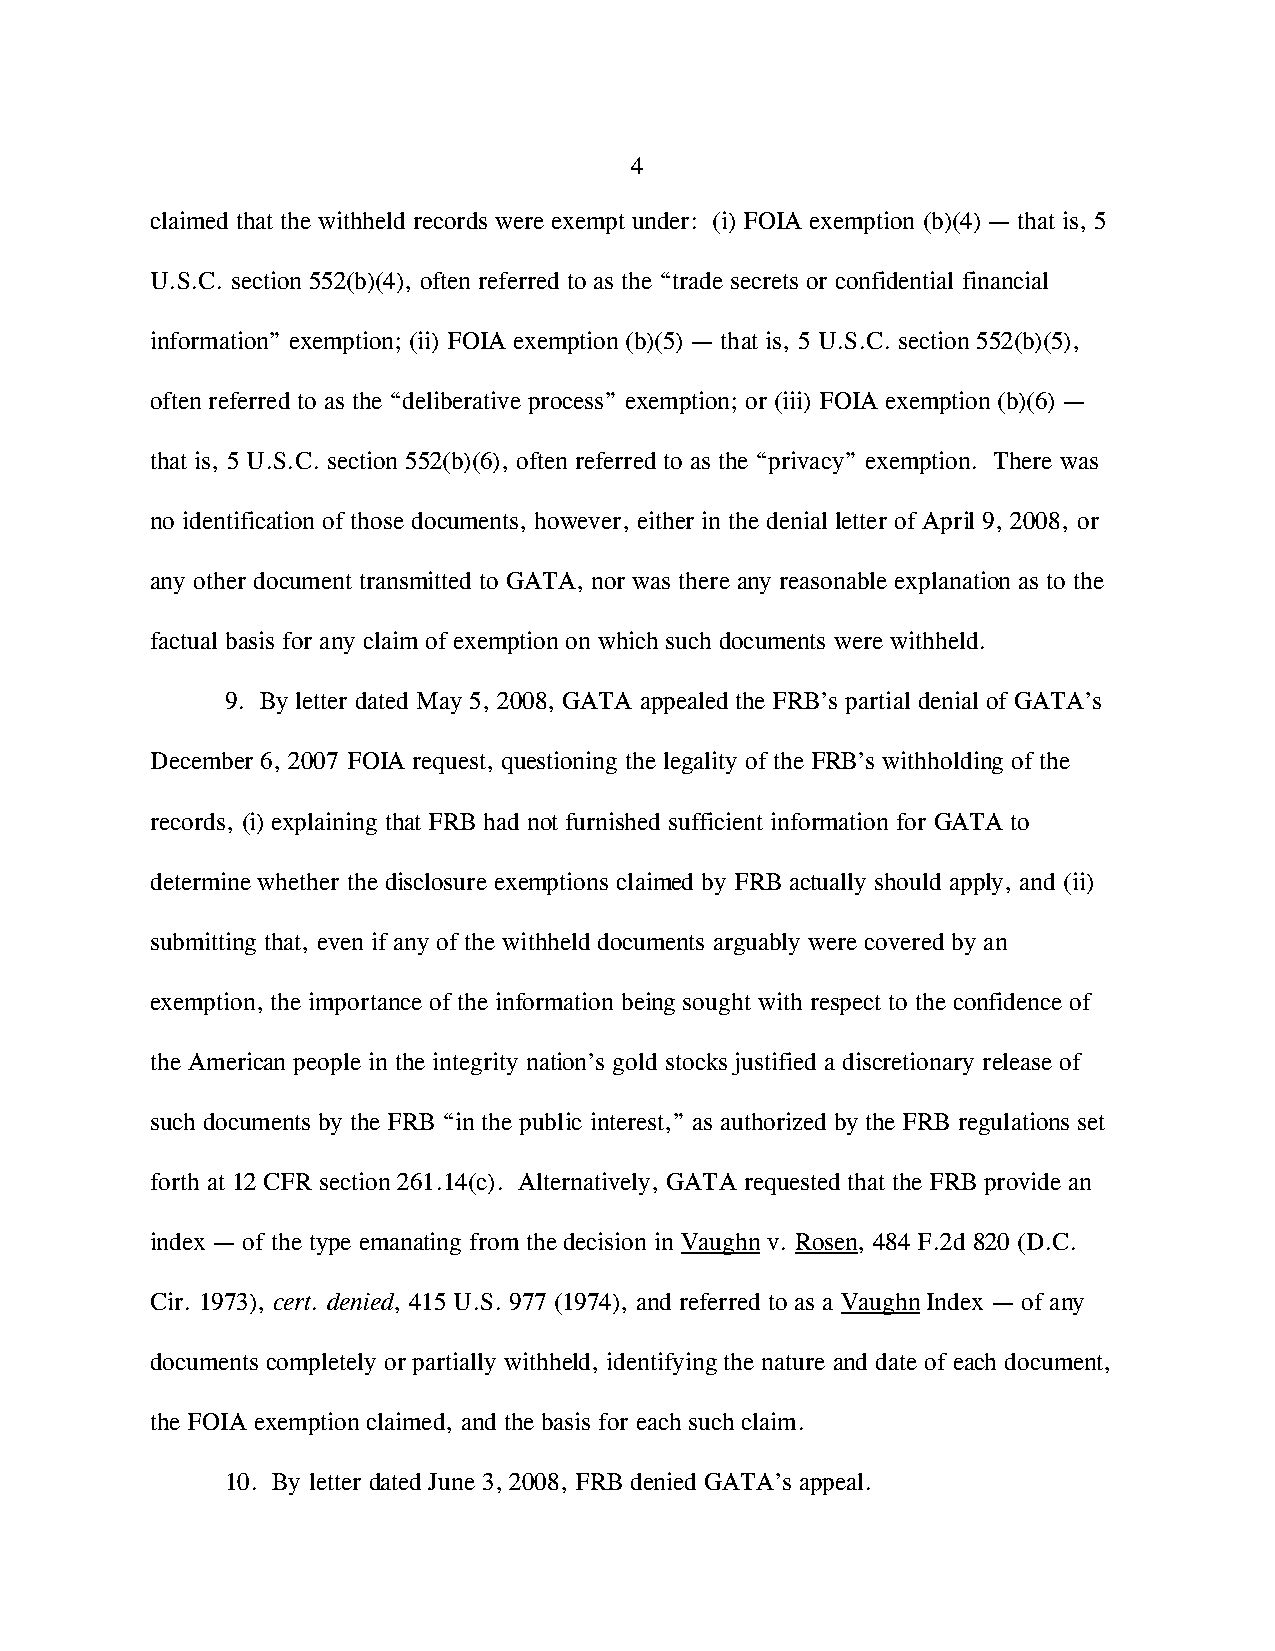
4
 claimed that the withheld records were exempt under: (i) FOIA exemption (b)(4) — that is, 5
 U.S.C. section 552(b)(4), often referred to as the “trade secrets or confidential financial
 information” exemption; (ii) FOIA exemption (b)(5) — that is, 5 U.S.C. section 552(b)(5),
 often referred to as the “deliberative process” exemption; or (iii) FOIA exemption (b)(6) —
 that is, 5 U.S.C. section 552(b)(6), often referred to as the “privacy” exemption. There was
 no identification of those documents, however, either in the denial letter of April 9, 2008, or
 any other document transmitted to GATA, nor was there any reasonable explanation as to the
 factual basis for any claim of exemption on which such documents were withheld.
 9. By letter dated May 5, 2008, GATA appealed the FRB’s partial denial of GATA’s
 December 6, 2007 FOIA request, questioning the legality of the FRB’s withholding of the
 records, (i) explaining that FRB had not furnished sufficient information for GATA to
 determine whether the disclosure exemptions claimed by FRB actually should apply, and (ii)
 submitting that, even if any of the withheld documents arguably were covered by an
 exemption, the importance of the information being sought with respect to the confidence of
 the American people in the integrity nation’s gold stocks justified a discretionary release of
 such documents by the FRB “in the public interest,” as authorized by the FRB regulations set
 forth at 12 CFR section 261.14(c). Alternatively, GATA requested that the FRB provide an
 index — of the type emanating from the decision in Vaughn v. Rosen, 484 F.2d 820 (D.C.
 Cir. 1973), cert. denied, 415 U.S. 977 (1974), and referred to as a Vaughn Index — of any
 documents completely or partially withheld, identifying the nature and date of each document,
 the FOIA exemption claimed, and the basis for each such claim.
 10. By letter dated June 3, 2008, FRB denied GATA’s appeal.